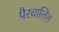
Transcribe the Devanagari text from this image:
पैरचालित